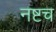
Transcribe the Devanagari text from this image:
नष्टच